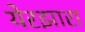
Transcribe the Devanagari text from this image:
येरझारा